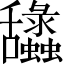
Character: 𦧽